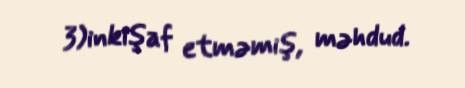
3)inkişaf etməmiş, məhdud.